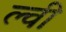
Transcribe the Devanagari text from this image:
ल्वी